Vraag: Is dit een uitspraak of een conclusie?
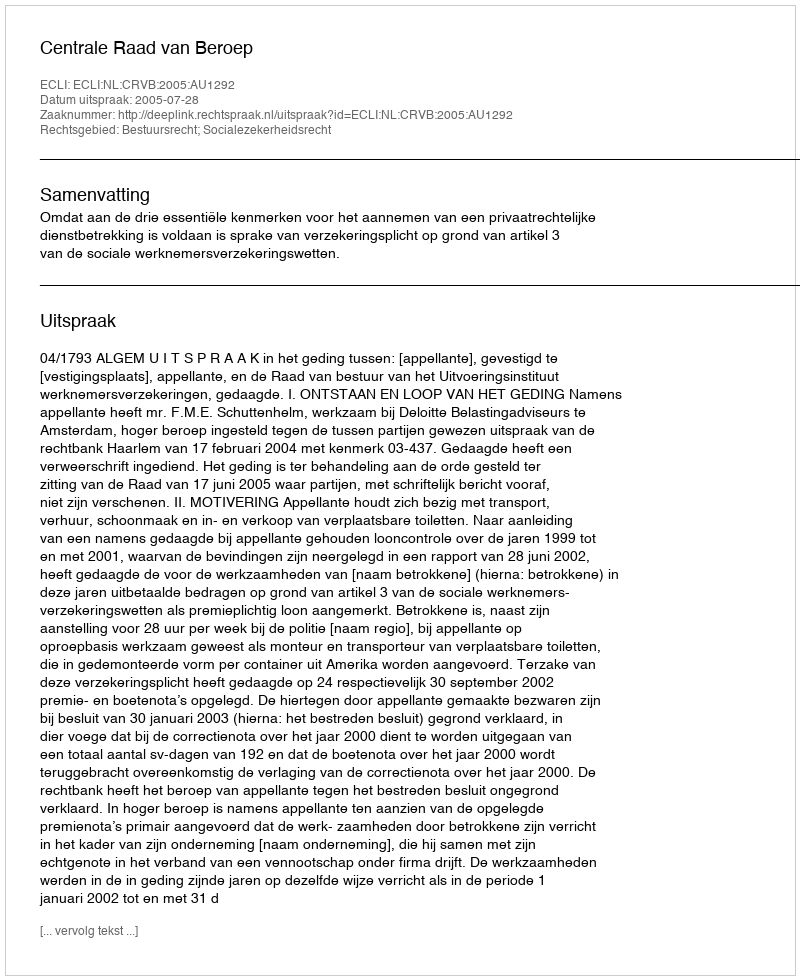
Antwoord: Uitspraak